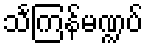
သင်္ကြန်မဏ္ဍပ်